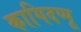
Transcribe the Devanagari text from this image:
कागिदप्पू